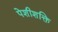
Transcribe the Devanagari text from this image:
पेशीशक्ति